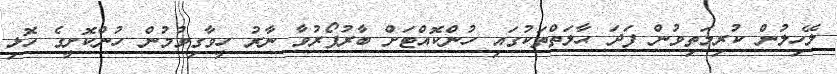
ލޭހިލުން ކުރިމަތިވުން ފަދަ ޙާލަތްތަކުގައި ހުންކޮއްޓަށް ބާރުފޯރުވާ ނާރު ހީވާގިވުމުން ހުންކޮށީގެ ހޮޅި